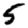
Digit: 5